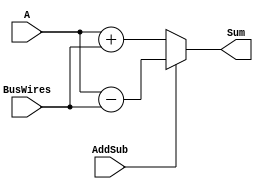
//Name: Add Sub
//Function: 
//	 	AddSub = 0 Add
//      AddSub = 1 Sub

module addsub
#(parameter DATAWIDTH = 6)
(
	input 					   AddSub,
	input      [DATAWIDTH-1:0] A,
	input 	   [DATAWIDTH-1:0] BusWires,

	output reg [DATAWIDTH-1:0] Sum
);

	always@(*) begin
		if(!AddSub)
			Sum = A + BusWires;
		else
			Sum = A - BusWires;
	end

endmodule //end of addsub